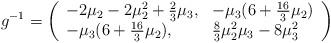
LaTeX: \begin{align*}g^{-1} = \left( \begin{array}{ll}- 2 \mu_2 - 2 \mu^2_2 + \frac 23 \mu_3, & - \mu_3(6 + \frac{16}{3} \mu_2) \\ - \mu_3(6 + \frac{16}{3} \mu_2), & \frac 83 \mu^2_2 \mu_3 - 8 \mu^2_3 \end{array} \right)\end{align*}